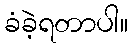
ခံခဲ့ရတာပါ။